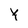
Character: Y